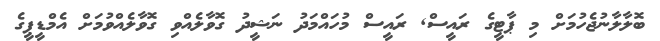
ބޮލާލާނުޖެހުމަށް މި ޕާޓީގެ ރައީސް